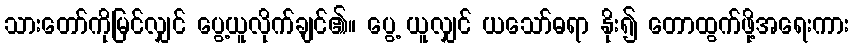
သားတော်ကိုမြင်လျှင် ပွေ့ယူလိုက်ချင်၏။ ပွေ့ ယူလျှင် ယသော်ဓရာ နိုး၍ တောထွက်ဖို့အရေးကား